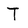
Character: T